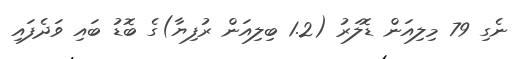
ނެގި 79 މިލިއަން ޑޮލަރު (1.2 ބިލިއަން ރުފިޔާ)ގެ ބޮޑު ބައި ވަދެފައި